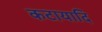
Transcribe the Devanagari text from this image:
कटायादि